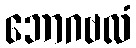
ဘောဂဗလံ